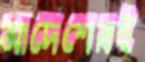
আদেশেরই